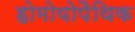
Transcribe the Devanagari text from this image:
होमोयोपैथिक